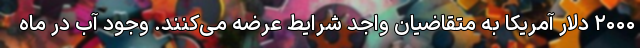
۲۰۰۰ دلار آمریکا به متقاضیان واجد شرایط عرضه می‌کنند. وجود آب در ماه